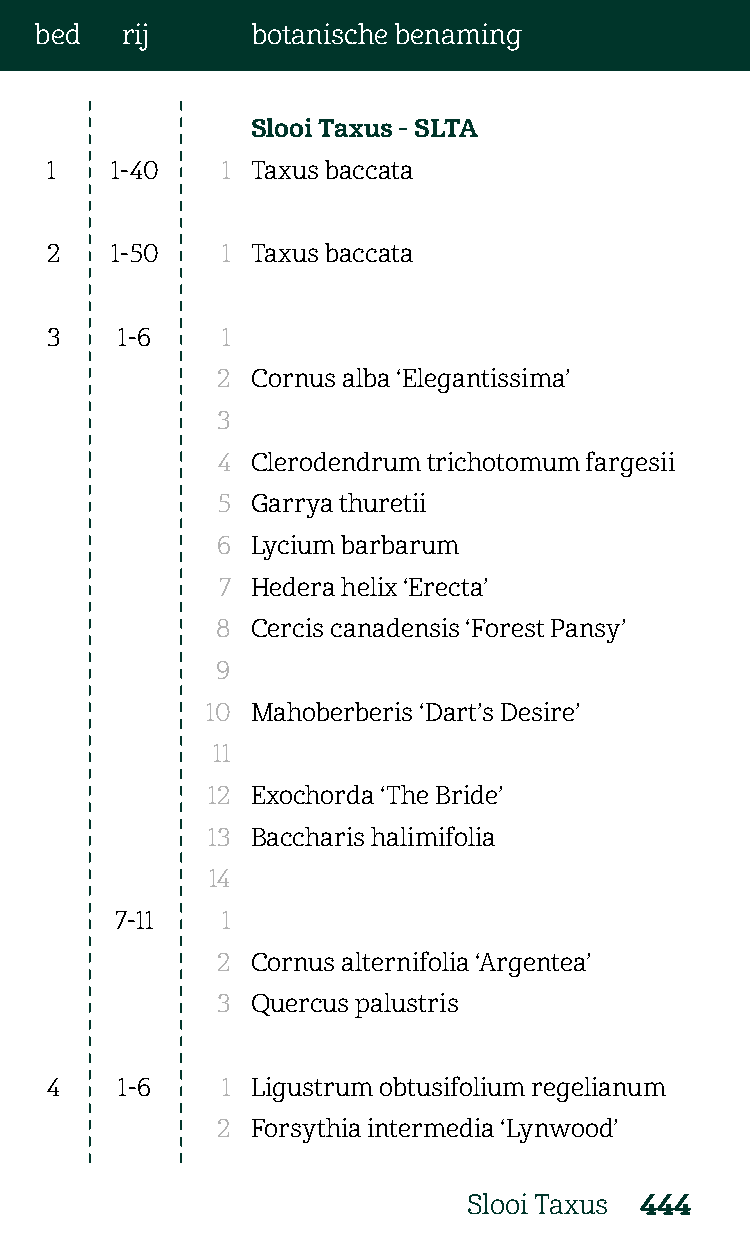
bed   rij      botanische benaming
 Slooi Taxus - SLTA
 1   1-40    1 Taxus baccata
 2   1-50    1 Taxus baccata
 3    1-6    1
 2  Cornus alba ‘Elegantissima’
 3
 4  Clerodendrum trichotomum fargesii
 5  Garrya thuretii
 6  Lycium barbarum
 7  Hedera helix ‘Erecta’
 8  Cercis canadensis ‘Forest Pansy’
 9
 10 Mahoberberis ‘Dart’s Desire’
 11
 12 Exochorda ‘The Bride’
 13 Baccharis halimifolia
 14
 7-11   1
 2  Cornus alternifolia ‘Argentea’
 3  Quercus palustris
 4    1-6    1 Ligustrum obtusifolium regelianum
 2  Forsythia intermedia ‘Lynwood’
 Slooi Taxus 444